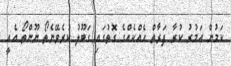
ކަމުން އަމުރު ކުރާ ފަރާތް ހެއްކެއްގެ ގޮތުގައި ގަބޫލު ކުރެވޭނެތޯ ނޫންތޯ އެއީ